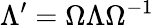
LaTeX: \Lambda^{\prime}=\Omega\Lambda\Omega^{-1}